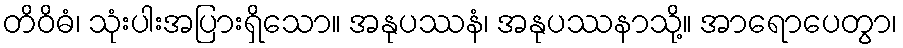
တိဝိဓံ၊ သုံးပါးအပြားရှိသော။ အနုပဿနံ၊ အနုပဿနာသို့။ အာရောပေတွာ၊